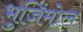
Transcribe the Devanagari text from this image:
भुजिंमोल